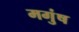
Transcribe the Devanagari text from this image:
मगुंष